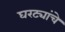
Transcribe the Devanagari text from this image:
घरट्यांचे